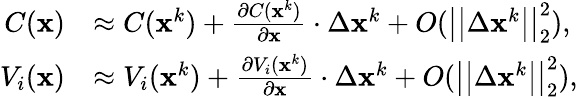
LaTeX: \begin{array}{rl}{C(\mathbf{x})}&{\approx C(\mathbf{x}^{k})+\frac{\partial C(\mathbf{x}^{k})}{\partial\mathbf{x}}\cdot\Delta\mathbf{x}^{k}+O(\big|\big|\Delta\mathbf{x}^{k}\big|\big|_{2}^{2})\mathrm{,}}\\ {V_{i}(\mathbf{x})}&{\approx V_{i}(\mathbf{x}^{k})+\frac{\partial V_{i}(\mathbf{x}^{k})}{\partial\mathbf{x}}\cdot\Delta\mathbf{x}^{k}+O(\big|\big|\Delta\mathbf{x}^{k}\big|\big|_{2}^{2})\mathrm{,}}\end{array}